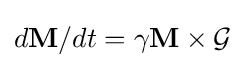
d{\mathbf {M} }/dt=\gamma {\mathbf {M} }\times {\mathcal {G}}